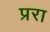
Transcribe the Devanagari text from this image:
प्ररा